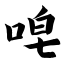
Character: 唣